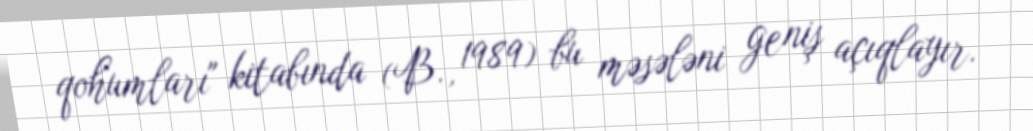
qohumları" kitabında (B., 1989) bu məsələni geniş açıqlayır.